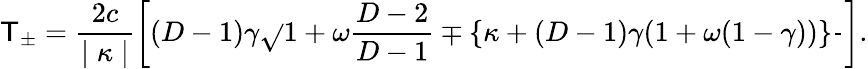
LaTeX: \mathsf{T}_{\pm}=\frac{{2c}}{{\mid\kappa\mid}}\left[(D-1)\gamma\sqrt{}{{1+\omega\frac{{D-2}}{{D-1}}}}\mp\{ \kappa+(D-1)\gamma(1+\omega(1-\gamma))\} \frac{{}}{{}}\right].